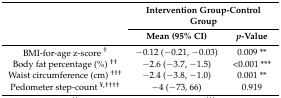
<table><thead><tr><td rowspan="2"></td><td colspan="2"><b>Intervention Group-Control Group</b></td></tr><tr><td><b>Mean (95% CI)</b></td><td><b><i>p</i>-Value</b></td></tr></thead><tbody><tr><td>BMI-for-age z-score <sup>†</sup></td><td>−0.12 (−0.21, −0.03)</td><td>0.009 **</td></tr><tr><td>Body fat percentage (%) <sup>††</sup></td><td>−2.6 (−3.7, −1.5)</td><td>&lt;0.001 ***</td></tr><tr><td>Waist circumference (cm) <sup>†††</sup></td><td>−2.4 (−3.8, −1.0)</td><td>0.001 **</td></tr><tr><td>Pedometer step-count <sup>¥,††††</sup></td><td>−4 (−73, 66)</td><td>0.919</td></tr></tbody></table>